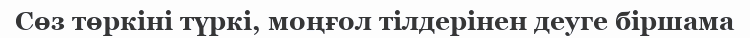
Сөз төркіні түркі, моңғол тілдерінен деуге біршама